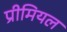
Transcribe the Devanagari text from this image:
प्रीमियल